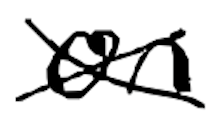
Text: on
Cross-out: cross
Writing tool: digital_black